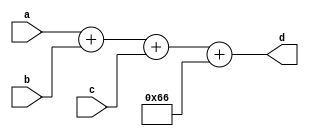
module top_word(a, b, c, d);
input signed [18:0] a, b, c;
output signed [19:0] d;

assign d = a + b + c + 102;

endmodule